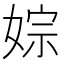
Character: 婃